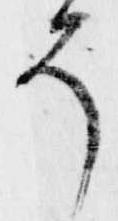
そ